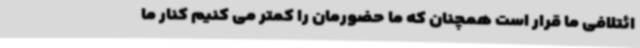
ائتلافی ما قرار است همچنان که ما حضورمان را کمتر می کنیم کنار ما